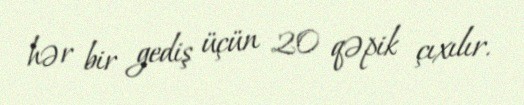
hər bir gediş üçün 20 qəpik çıxılır.